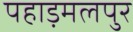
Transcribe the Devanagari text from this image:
पहाड़मलपुर